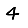
Digit: 4